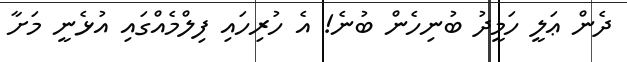
ދެން ޢަލީ ހަމީދު ބުނިހެން ބުނެ! އެ ހުރިހައި ފިލްމެއްގައި އުޅެނީ މަށާ